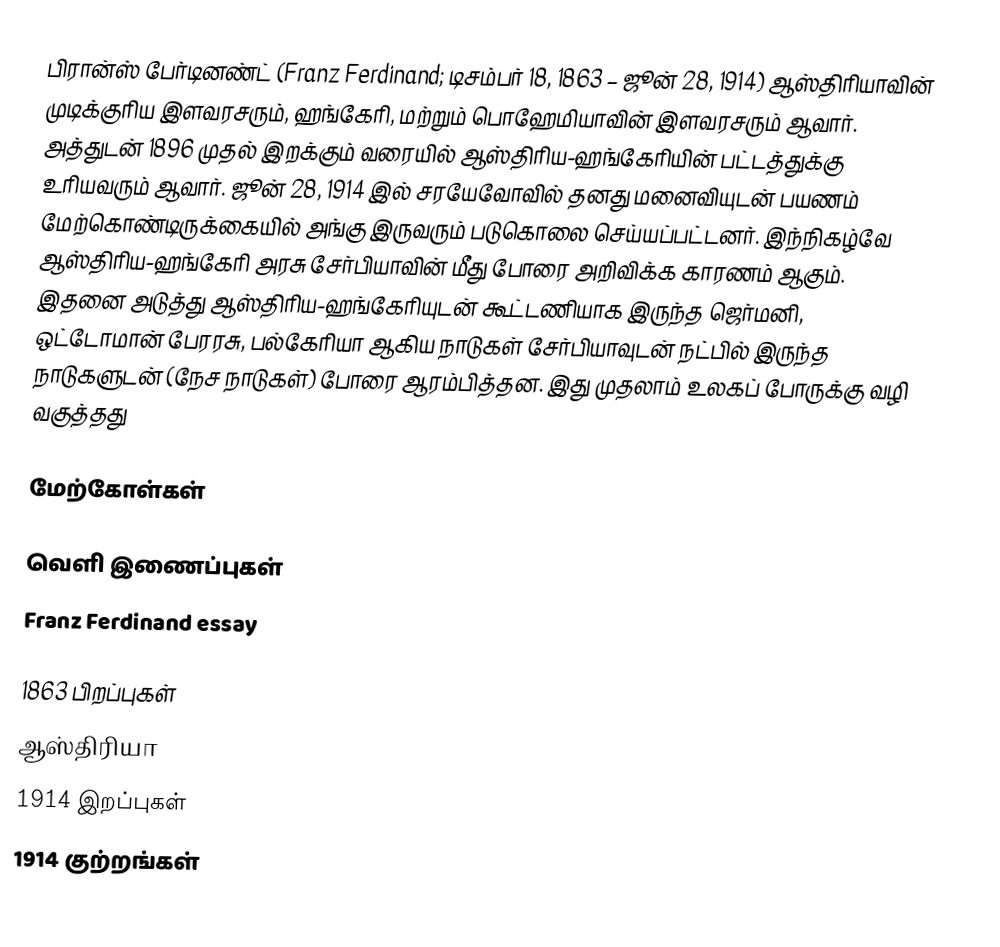
பிரான்ஸ் பேர்டினண்ட் (Franz Ferdinand; டிசம்பர் 18, 1863 – ஜூன் 28, 1914) ஆஸ்திரியாவின் முடிக்குரிய இளவரசரும், ஹங்கேரி, மற்றும் பொஹேமியாவின் இளவரசரும் ஆவார். அத்துடன் 1896 முதல் இறக்கும் வரையில் ஆஸ்திரிய-ஹங்கேரியின் பட்டத்துக்கு உரியவரும் ஆவார். ஜூன் 28, 1914 இல் சரயேவோவில் தனது மனைவியுடன் பயணம் மேற்கொண்டிருக்கையில் அங்கு இருவரும் படுகொலை செய்யப்பட்டனர். இந்நிகழ்வே ஆஸ்திரிய-ஹங்கேரி அரசு சேர்பியாவின் மீது போரை அறிவிக்க காரணம் ஆகும். இதனை அடுத்து ஆஸ்திரிய-ஹங்கேரியுடன் கூட்டணியாக இருந்த ஜெர்மனி, ஒட்டோமான் பேரரசு, பல்கேரியா ஆகிய நாடுகள் சேர்பியாவுடன் நட்பில் இருந்த நாடுகளுடன் (நேச நாடுகள்) போரை ஆரம்பித்தன. இது முதலாம் உலகப் போருக்கு வழி வகுத்தது

மேற்கோள்கள்

வெளி இணைப்புகள்
Franz Ferdinand essay

1863 பிறப்புகள்
ஆஸ்திரியா
1914 இறப்புகள்
1914 குற்றங்கள்